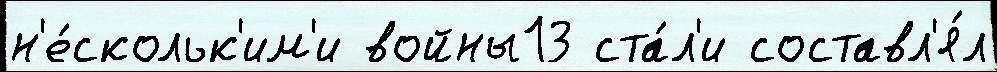
н'е́скольк'им'и войны13 ста́л'и составл'я́л